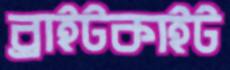
ব্রাইটকাইট